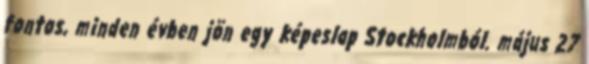
fontos, minden évben jön egy képeslap Stockholmból. május 27